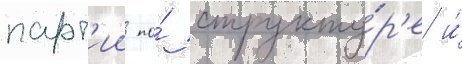
парт'ии по́ структу́р'е и́